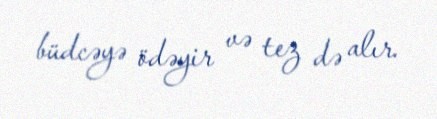
büdcəyə ödəyir və tez də alır.